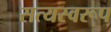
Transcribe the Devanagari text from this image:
सत्‍यस्‍वरूप